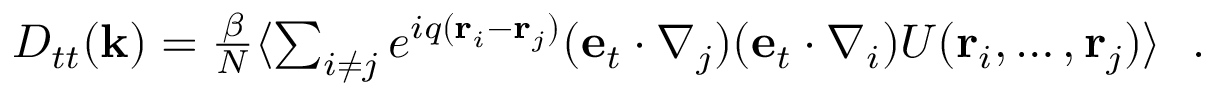
\begin{array} { r } { D _ { t t } ( { \bf k } ) = \frac { \beta } { N } \langle \sum _ { i \neq j } e ^ { i q ( { \bf r } _ { i } - { \bf r } _ { j } ) } ( { \bf e } _ { t } \cdot \nabla _ { j } ) ( { \bf e } _ { t } \cdot \nabla _ { i } ) U ( { \bf r } _ { i } , \ldots , { \bf r } _ { j } ) \rangle ~ ~ . } \end{array}